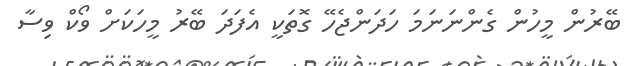
ބޭރުން މީހުން ގެންނަނަމަ ހަދަންޖެހޭ ގޮތަކީ އެފަދަ ބޭރު މީހަކަށް ވޯކް ވިސާ